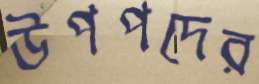
উপপদের